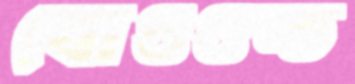
বোওওল্ড